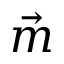
\vec { m }